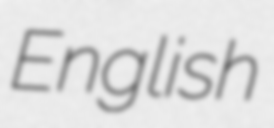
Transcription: English